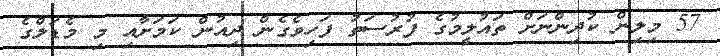
57 މިލިން ކުދިންނަށް ތައުލީމުގެ ފުރުސަތު ފަހިވެގެން ދިއުން ކަމަށާއި މި މެޑަލްގެ